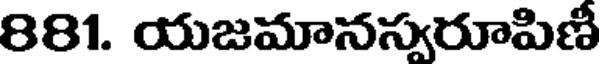
881. యజమానస్వరూపిణీ